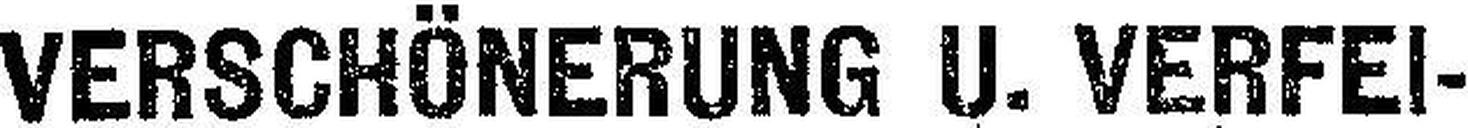
VERSCHÖNERUNG U. VERFEI¬